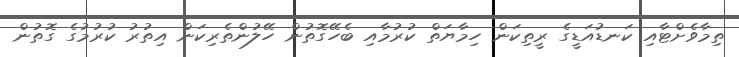
ތިމާވެށްޓާއި ކަނޑުއަޑީގެ ރީތިކަން ހިމާޔަތް ކުރުމާއި ބެހޭގޮތުން ހޭލުންތެރިކަން އިތުރު ކުރުމުގެ ގޮތުން